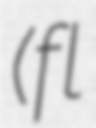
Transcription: (fl